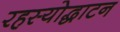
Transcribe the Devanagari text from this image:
रहस्योद्धाटन